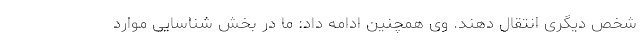
شخص دیگری انتقال دهند. وی همچنین ادامه داد: ما در بخش شناسایی موارد